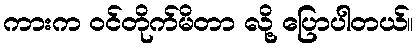
ကားက ဝင်တိုက်မိတာ လို့ ပြောပါတယ်။